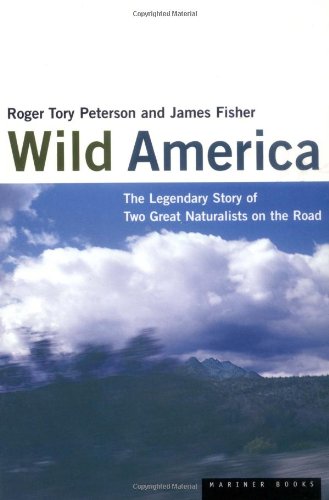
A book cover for Wild America: The Record of a 30,000 Mile Journey Around the Continent by a Distinguished Naturalist and His British Colleague; Roger Tory Peterson; Travel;